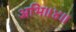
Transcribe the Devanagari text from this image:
अभि॥४॥